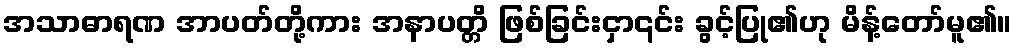
အသာဓာရဏ အာပတ်တို့ကား အနာပတ္တိ ဖြစ်ခြင်းငှာ၎င်း ခွင့်ပြု၏ဟု မိန့်တော်မူ၏။